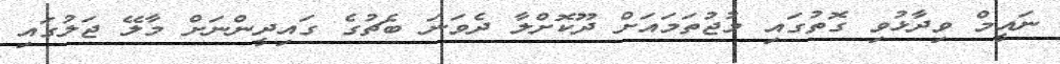
ނައީމް ވިދާޅުވި ގޮތުގައި މުޖުތަމައަށް ދޫކޮށްލާ ދެވަނަ ބެޗުގެ ގައިދީންނަށް މާލޭ ޖަލުގައި